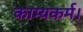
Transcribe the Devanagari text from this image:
काम्यकर्म।